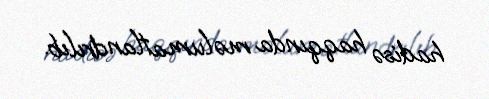
hadisə haqqında məlumatlandrılıb.